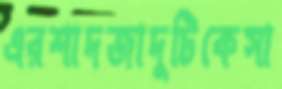
এরশাদজাদুটিকেসা